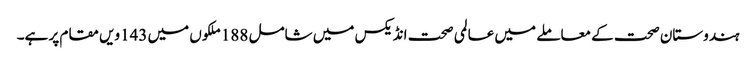
ہندوستان صحت کے معاملے میں عالمی صحت انڈیکس میں شامل 188ملکوں میں 143ویں مقام پر ہے۔